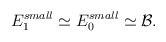
\begin{align*}E_1^{small}\simeq E_0^{small} \simeq {\cal B}.\end{align*}